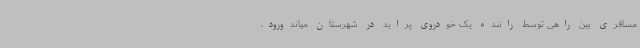
مسافری بین راهی توسط راننده یک خودروی پراید در شهرستان میاندورود،